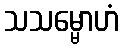
သသမ္မောဟံ